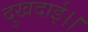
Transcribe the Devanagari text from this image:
दुखदाई।।